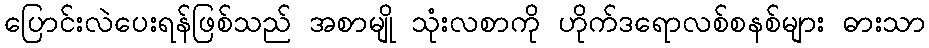
ပြောင်းလဲပေးရန်ဖြစ်သည် အစာမျို သုံးလစာကို ဟိုက်ဒရောလစ်စနစ်များ ဓားသာ